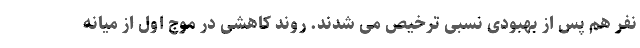
نفر هم پس از بهبودی نسبی ترخیص می شدند. روند کاهشی در موج اول از میانه